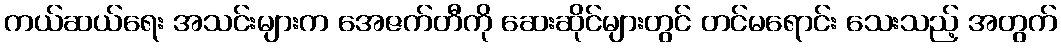
ကယ်ဆယ်ရေး အသင်းများက အေဇက်တီကို ဆေးဆိုင်များတွင် တင်မရောင်း သေးသည့် အတွက်